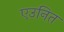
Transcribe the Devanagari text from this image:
एउनित